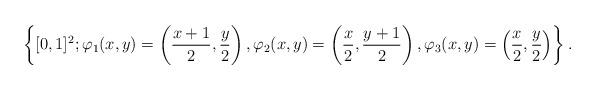
LaTeX: \begin{align*} \left\{[0,1]^2;\varphi_1(x,y) = \left(\frac{x+1}{2},\frac{y}{2}\right),\varphi_2(x,y) = \left(\frac{x}{2},\frac{y+1}{2}\right),\varphi_3(x,y) = \left(\frac{x}{2},\frac{y}{2}\right)\right\}. \end{align*}